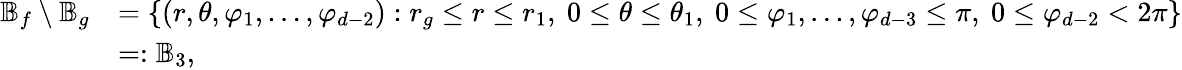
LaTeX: \begin{array}{rl}{\mathbb{B}_{f}\setminus\mathbb{B}_{g}}&{=\left\{ (r,\theta,\varphi_{1},\dots,\varphi_{d-2}):r_{g}\le r\le r_{1},\ 0\le\theta\le\theta_{1},\ 0\le\varphi_{1},\dots,\varphi_{d-3}\le\pi,\ 0\le\varphi_{d-2}<2\pi\right\} }\\ &{=:\mathbb{B}_{3},}\end{array}